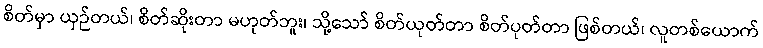
စိတ်မှာ ယှဉ်တယ်၊ စိတ်ဆိုးတာ မဟုတ်ဘူး၊ သို့သော် စိတ်ယုတ်တာ စိတ်ပုတ်တာ ဖြစ်တယ်၊ လူတစ်ယောက်